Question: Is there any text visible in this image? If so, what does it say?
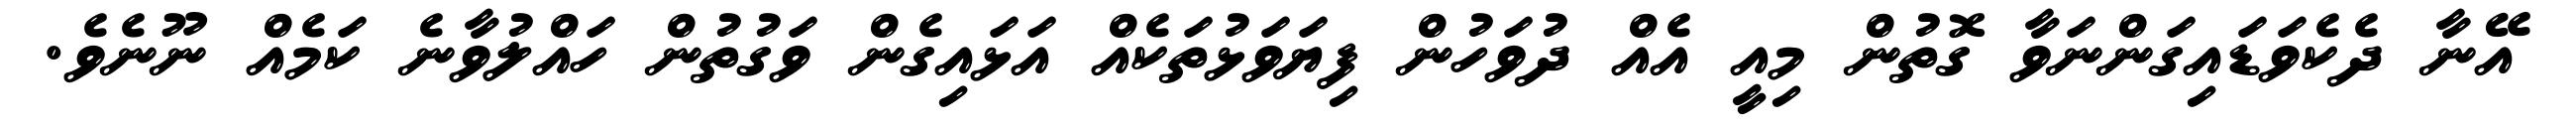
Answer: އޭނާ ދެކެވަޑައިގަންނަވާ ގޮތުން މިއީ އެއް ދުވަހުން ފިޔަވަޅުތަކެއް އަޅައިގެން ވަގުތުން ހައްލުވާނެ ކަމެއް ނޫނެވެ.